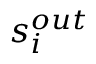
s _ { i } ^ { o u t }